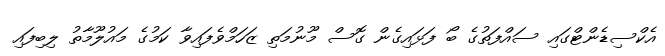
އެކްސިޑެންޓްގައި ސައްފަތުގެ ބޯ ފަޅައިގެން ގޮސް މޫނުމަތި ޒަހަމްވެފައިވާ ކަމުގެ މައުލޫމާތު ލިބިފައި